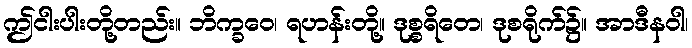
ဤငါးပါးတို့တည်း။ ဘိက္ခဝေ၊ ရဟန်းတို့။ ဒုစ္စရိတေ၊ ဒုစရိုက်၌။ အာဒီနဝါ၊